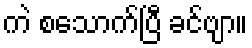
ကဲ စသောက်ပြီ ခင်ဗျာ။